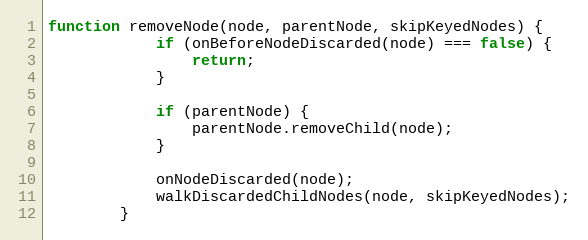
Language: JavaScript
function removeNode(node, parentNode, skipKeyedNodes) {
            if (onBeforeNodeDiscarded(node) === false) {
                return;
            }

            if (parentNode) {
                parentNode.removeChild(node);
            }

            onNodeDiscarded(node);
            walkDiscardedChildNodes(node, skipKeyedNodes);
        }